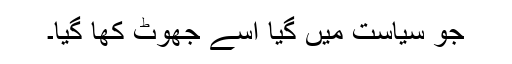
جو سیاست میں گیا اسے جھوٹ کھا گیا۔